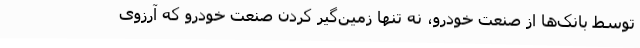
توسط بانک‌ها از صنعت خودرو، نه تنها زمین‌گیر کردن صنعت خودرو که آرزوی